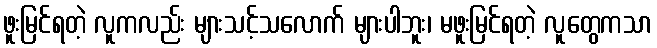
ဖူးမြင်ရတဲ့ လူကလည်း များသင့်သလောက် များပါဘူး၊ မဖူးမြင်ရတဲ့ လူတွေကသာ